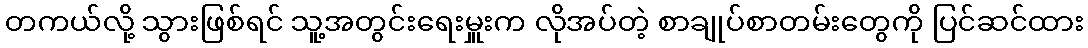
တကယ်လို့ သွားဖြစ်ရင် သူ့အတွင်းရေးမှူးက လိုအပ်တဲ့ စာချုပ်စာတမ်းတွေကို ပြင်ဆင်ထား